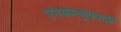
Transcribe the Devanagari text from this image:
एनडब्ल्यूएफपी